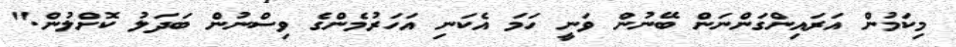
މިކަމުން އަރައިންގަންނަން ބޭނުން ވަނީ ހަމަ އެކަނި އަހަރުމެންގެ ވިސްނުން ބަދަލު ކޮށްލުން."